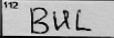
Transcription: BUL